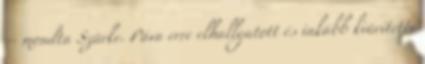
– mondta Szürke. Páva erre elhallgatott és inkább kiürítette